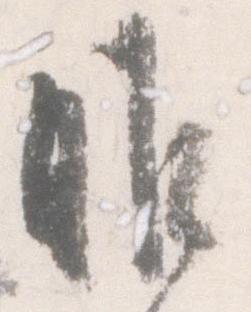
昨